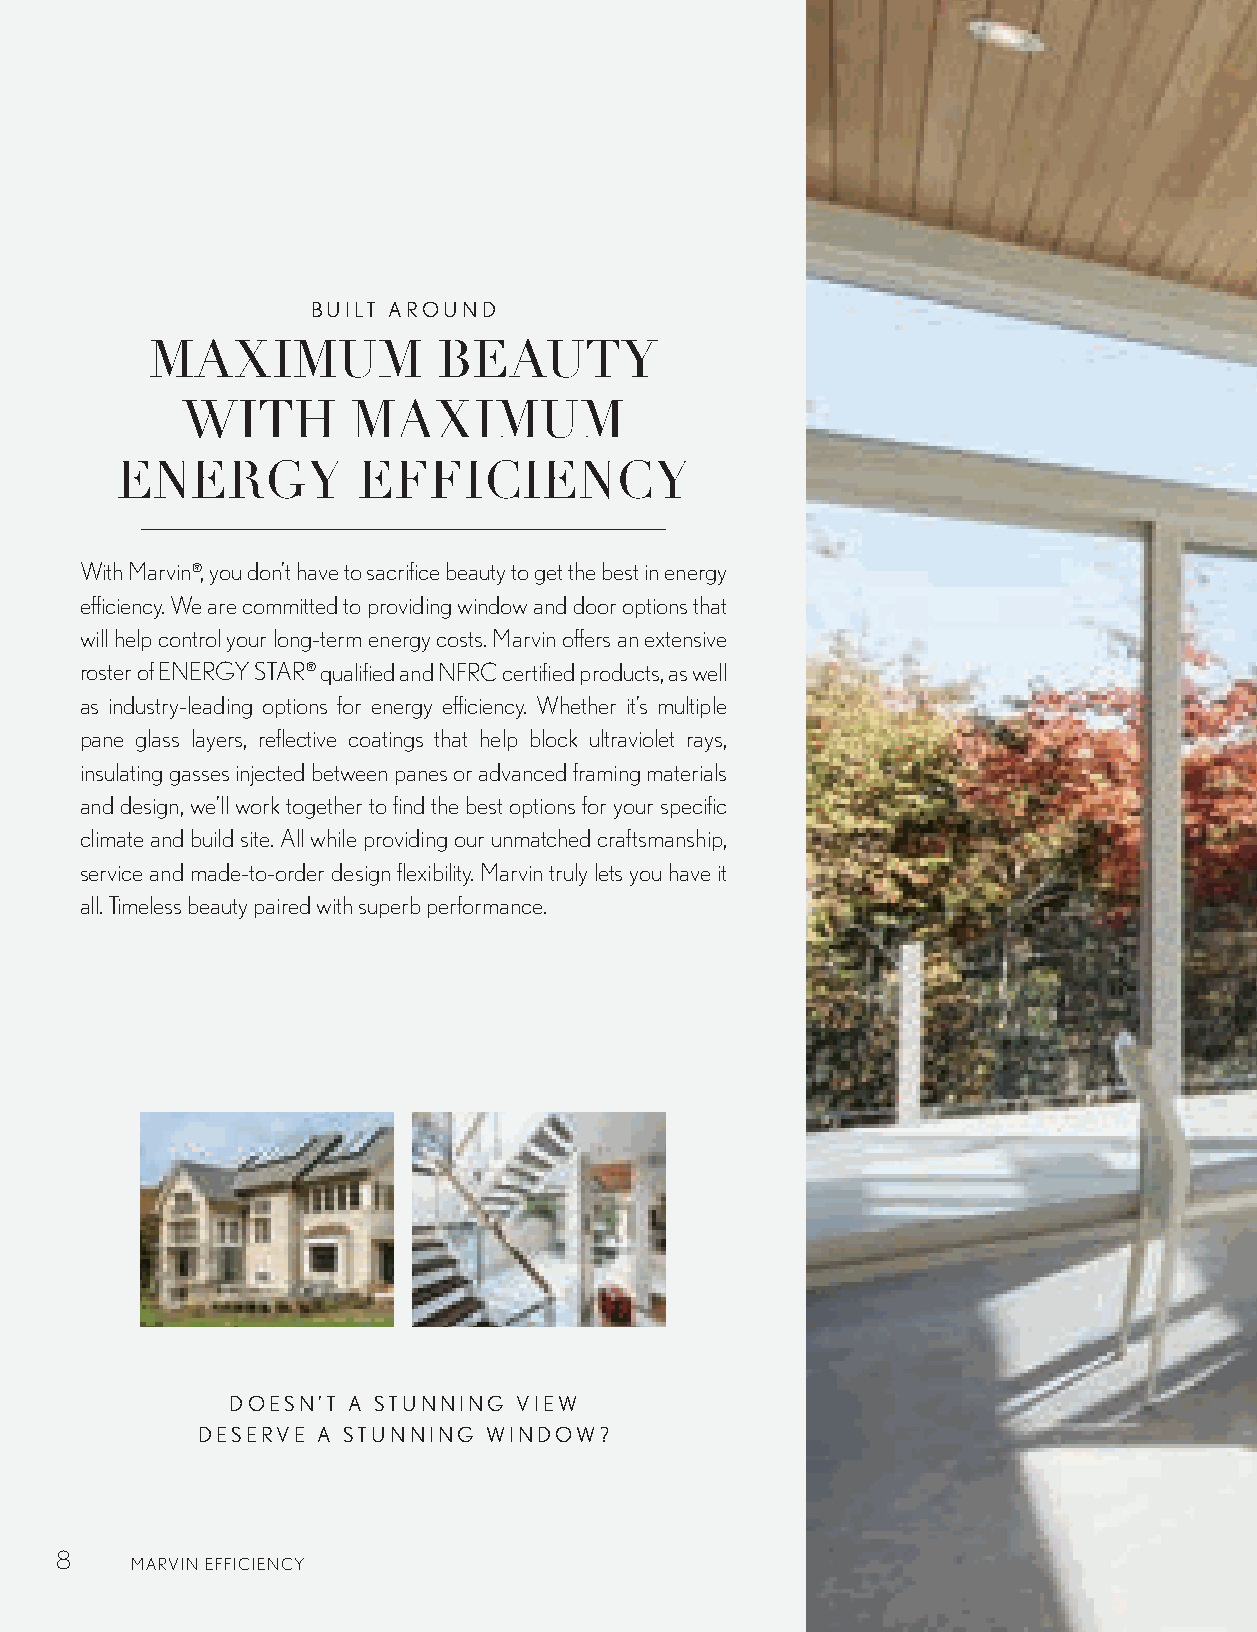
BUILT AROUND
 MAXIMUM            BEAUTY
 WITH       MAXIMUM
 ENERGY          EFFICIENCY
 With Marvin®, you don’t have to sacrifice beauty to get the best in energy
 efficiency. We are committed to providing window and door options that
 will help control your long-term energy costs. Marvin offers an extensive
 roster of ENERGY STAR® qualified and NFRC certified products, as well
 as industry-leading options for energy efficiency. Whether it’s multiple
 pane glass layers, reflective coatings that help block ultraviolet rays,
 insulating gasses injected between panes or advanced framing materials
 and design, we’ll work together to find the best options for your specific
 climate and build site. All while providing our unmatched craftsmanship,
 service and made-to-order design flexibility. Marvin truly lets you have it
 all. Timeless beauty paired with superb performance.
 DOESN’T A STUNNING VIEW
 DESERVE A STUNNING WINDOW?
 8
 MARVIN EFFICIENCY